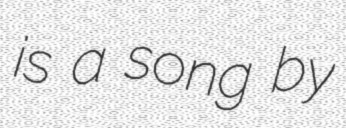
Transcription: is a song by